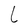
Character: L